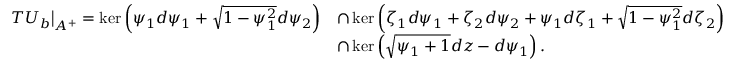
\begin{array} { r l } { T U _ { b } \big | _ { A ^ { + } } = \ker \left( \psi _ { 1 } d \psi _ { 1 } + \sqrt { 1 - \psi _ { 1 } ^ { 2 } } d \psi _ { 2 } \right) } & { \cap \ker \left( \zeta _ { 1 } d \psi _ { 1 } + \zeta _ { 2 } d \psi _ { 2 } + \psi _ { 1 } d \zeta _ { 1 } + \sqrt { 1 - \psi _ { 1 } ^ { 2 } } d \zeta _ { 2 } \right) } \\ & { \cap \ker \left( \sqrt { \psi _ { 1 } + 1 } d z - d \psi _ { 1 } \right) . } \end{array}